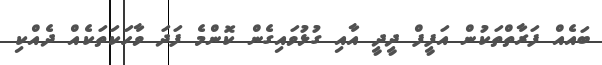
ބައެއް ފަރާތްތަކުން އަފީފް ދީދީ އާއި ގުޅުވައިގެން ކޮންމެ ފަދަ ވާހަކަތަކެއް ދެއްކި